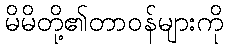
မိမိတို့၏တာဝန်များကို